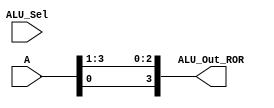
module ROR(output [3:0] ALU_Out_ROR, input [3:0] A,input [3:0] ALU_Sel);
assign ALU_Out_ROR = {A[0],A[3:1]};
endmodule